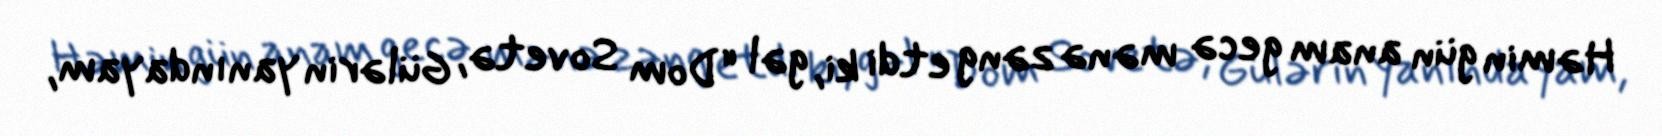
Həmin gün anam gecə mənə zəng etdi ki, gəl “Dom Sovetə, Gülərin yanındayam,